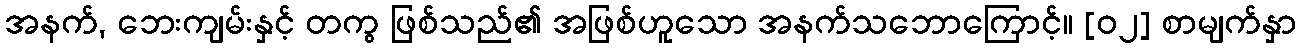
အနက်, ဘေးကျမ်းနှင့် တကွ ဖြစ်သည်၏ အဖြစ်ဟူသော အနက်သဘောကြောင့်။ [၀၂] စာမျက်နှာ